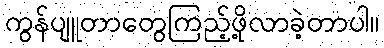
ကွန်ပျူတာတွေကြည့်ဖို့လာခဲ့တာပါ။